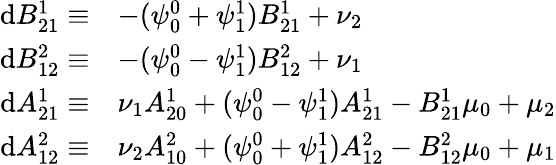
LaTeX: \begin{array}{rl}{\mathrm{d}B_{21}^{1}\equiv}&{-(\psi_{0}^{0}+\psi_{1}^{1})B_{21}^{1}+\nu_{2}}\\ {\mathrm{d}B_{12}^{2}\equiv}&{-(\psi_{0}^{0}-\psi_{1}^{1})B_{12}^{2}+\nu_{1}}\\ {\mathrm{d}A_{21}^{1}\equiv}&{\nu_{1}A_{20}^{1}+(\psi_{0}^{0}-\psi_{1}^{1})A_{21}^{1}-B_{21}^{1}\mu_{0}+\mu_{2}}\\ {\mathrm{d}A_{12}^{2}\equiv}&{\nu_{2}A_{10}^{2}+(\psi_{0}^{0}+\psi_{1}^{1})A_{12}^{2}-B_{12}^{2}\mu_{0}+\mu_{1}}\end{array}